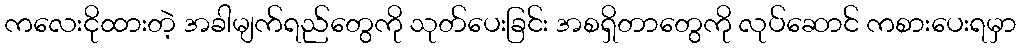
ကလေးငိုထားတဲ့ အခါမျက်ရည်တွေကို သုတ်ပေးခြင်း အစရှိတာတွေကို လုပ်ဆောင် ကစားပေးရမှာ